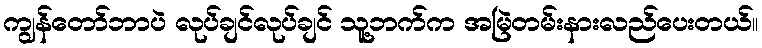
ကျွန်တော်ဘာပဲ လုပ်ချင်လုပ်ချင် သူ့ဘက်က အမြဲတမ်းနားလည်ပေးတယ်။